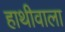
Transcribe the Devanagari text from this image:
हाथीवाला